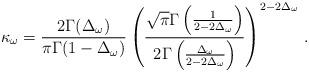
LaTeX: \begin{align*}\kappa _{\omega }=\frac{2\Gamma (\Delta _{\omega })}{\pi \Gamma(1-\Delta _{\omega })}\left( \frac{\sqrt{\pi }\Gamma \left( \frac{1}{2-2\Delta _{\omega}}\right)}{2 \Gamma \left( \frac{\Delta _{\omega }}{2-2\Delta _{\omega}}\right) }\right) ^{2-2\Delta _{\omega }}\, .\end{align*}